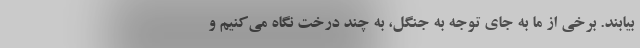
بیابند. برخی از ما به جای توجه به جنگل، به چند درخت نگاه می‌کنیم و